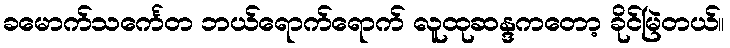
ခမောက်သင်္ကေတ ဘယ်ရောက်ရောက် လူထုဆန္ဒကတော့ ခိုင်မြဲတယ်။